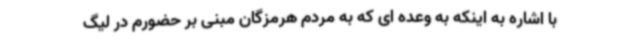
با اشاره به اینکه به وعده ای که به مردم هرمزگان مبنی بر حضورم در لیگ